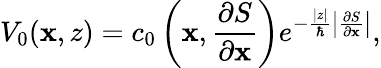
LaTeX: V_{0}(\mathbf{x},z)=c_{0}\left(\mathbf{x},\frac{\partial S}{\partial\mathbf{x}}\right)e^{-\frac{|z|}{\hbar}\left|\frac{\partial S}{\partial\mathbf{x}}\right|},